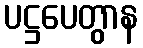
ပဋ္ဌပေတွာန